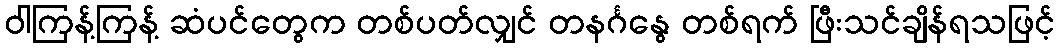
ဝါကြန့်ကြန့် ဆံပင်တွေက တစ်ပတ်လျှင် တနင်္ဂနွေ တစ်ရက် ဖြီးသင်ချိန်ရသဖြင့်